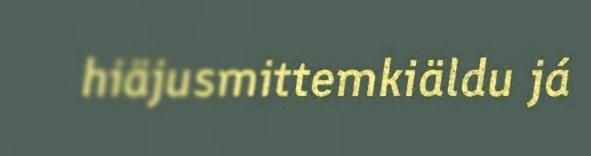
hiäjusmittemkiäldu já